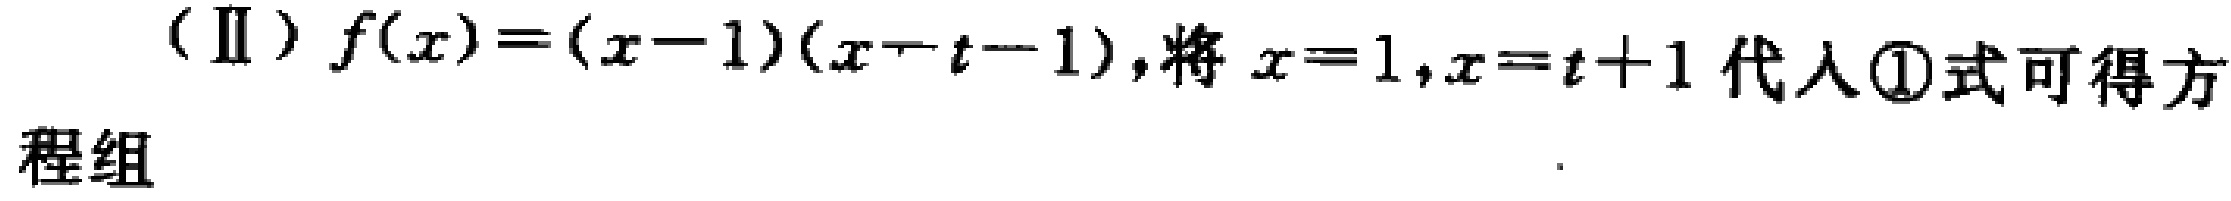
（Ⅱ）\(f(x)=(x - 1)(x - t - 1)\)，将\(x = 1,x = t + 1\)代入\textcircled{1}式可得方程组  。